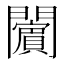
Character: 𨷚